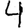
Digit: 4